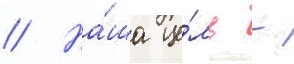
// На́ша це́ль -